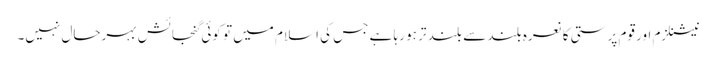
نیشنلزم اور قوم پرستی کا نعرہ بلند سے بلند تر ہو رہا ہے جس کی اسلام میں تو کوئی گنجائش بہرحال نہیں۔